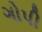
ગોપી